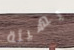
بهيئة